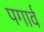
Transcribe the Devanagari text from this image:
पगार्व